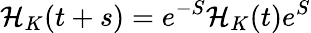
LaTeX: \mathcal{H}_{K}(t+s)=e^{-S}\mathcal{H}_{K}(t)e^{S}